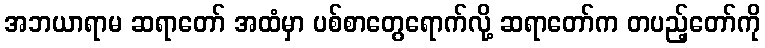
အဘယာရာမ ဆရာတော် အထံမှာ ပစ်စာတွေရောက်လို့ ဆရာတော်က တပည့်တော်ကို